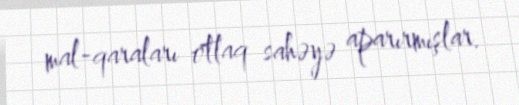
mal-qaraları otlaq sahəyə aparırmışlar.